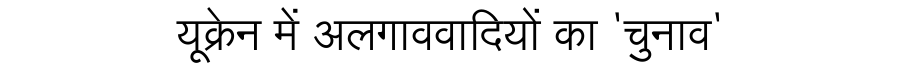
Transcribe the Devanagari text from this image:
यूक्रेन में अलगाववादियों का 'चुनाव'